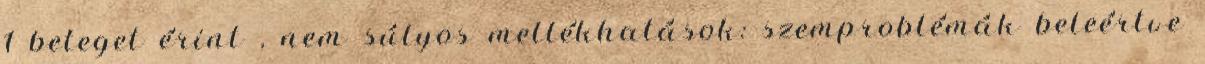
1 beteget érint , nem súlyos mellékhatások: szemproblémák beleértve